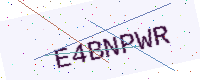
Text: E4BNPWR